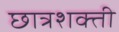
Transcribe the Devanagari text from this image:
छात्रशक्ती